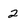
Character: 2